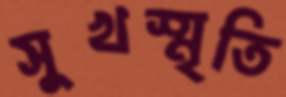
সুখস্মৃতি